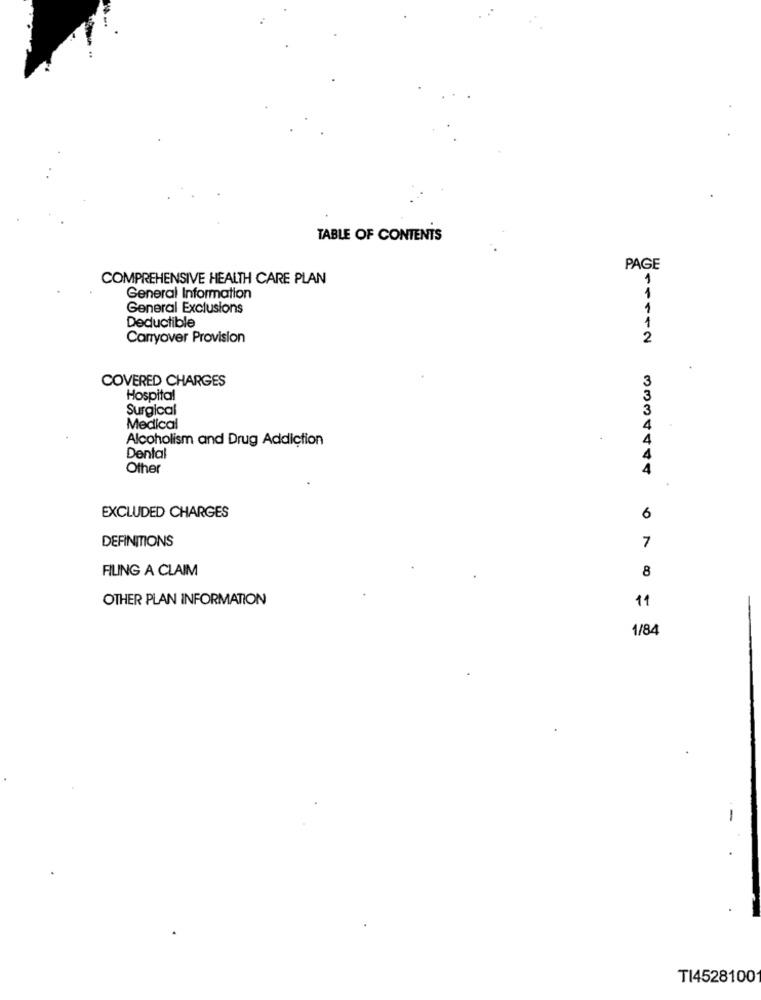
TABLE OF CONTENTS
PAGE
COMPREHENSIVE HEALTH CARE PLAN
1
1
General Information
General Exclusions
1
Deductible
1
Carryover Provision
2
COVERED CHARGES
Hospital
Surgical
Medical
4
Alcoholism and Drug Addiction
4
Dental
Other
3334444
EXCLUDED CHARGES
6
DEFINITIONS
7
FILING A CLAIM
8
OTHER PLAN INFORMATION
11
1/84
-
TI4528100